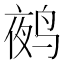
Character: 𲍿